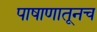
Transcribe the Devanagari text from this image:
पाषाणातूनच